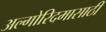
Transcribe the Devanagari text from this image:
अल्गोरिदमासाठी